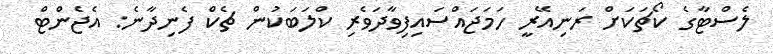
ލެސްޓާގެ ކޯޗަކަށް ރަނިއޭރީ ހަމަޖައްސައިފިވާދަވެރި ކްލަބަކުން ޗެކް ފެނިދާނެ: އެޖެންޓް